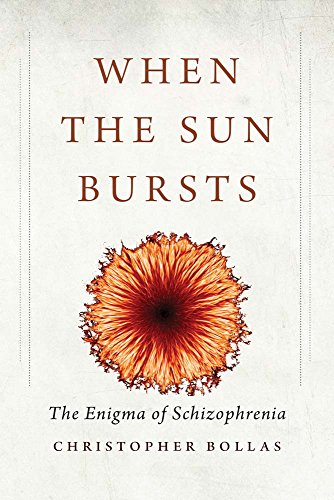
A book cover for When the Sun Bursts: The Enigma of Schizophrenia; Christopher Bollas; Medical Books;